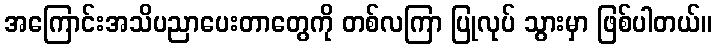
အကြောင်းအသိပညာပေးတာတွေကို တစ်လကြာ ပြုလုပ် သွားမှာ ဖြစ်ပါတယ်။